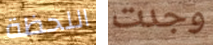
اللحظة وجدت